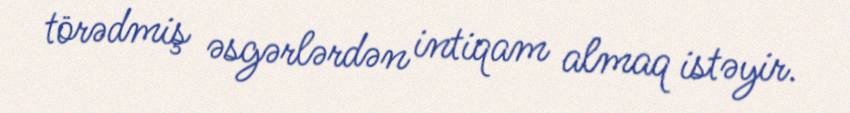
törədmiş əsgərlərdən intiqam almaq istəyir.